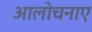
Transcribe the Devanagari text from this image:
आलोचनाए